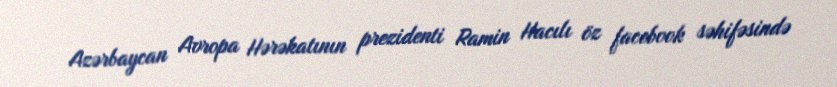
Azərbaycan Avropa Hərəkatının prezidenti Ramin Hacılı öz facebook səhifəsində